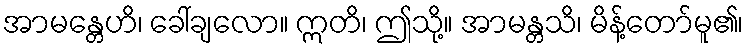
အာမန္တေဟိ၊ ခေါ်ချလော။ ဣတိ၊ ဤသို့။ အာမန္တသိ၊ မိန့်တော်မူ၏၊